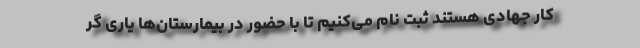
کار جهادی هستند ثبت نام می‌کنیم تا با حضور در بیمارستان‌ها یاری گر